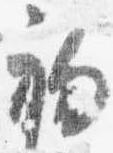
初